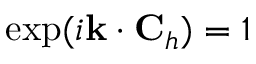
\exp ( i { \bf k } \cdot { \bf C } _ { h } ) = 1